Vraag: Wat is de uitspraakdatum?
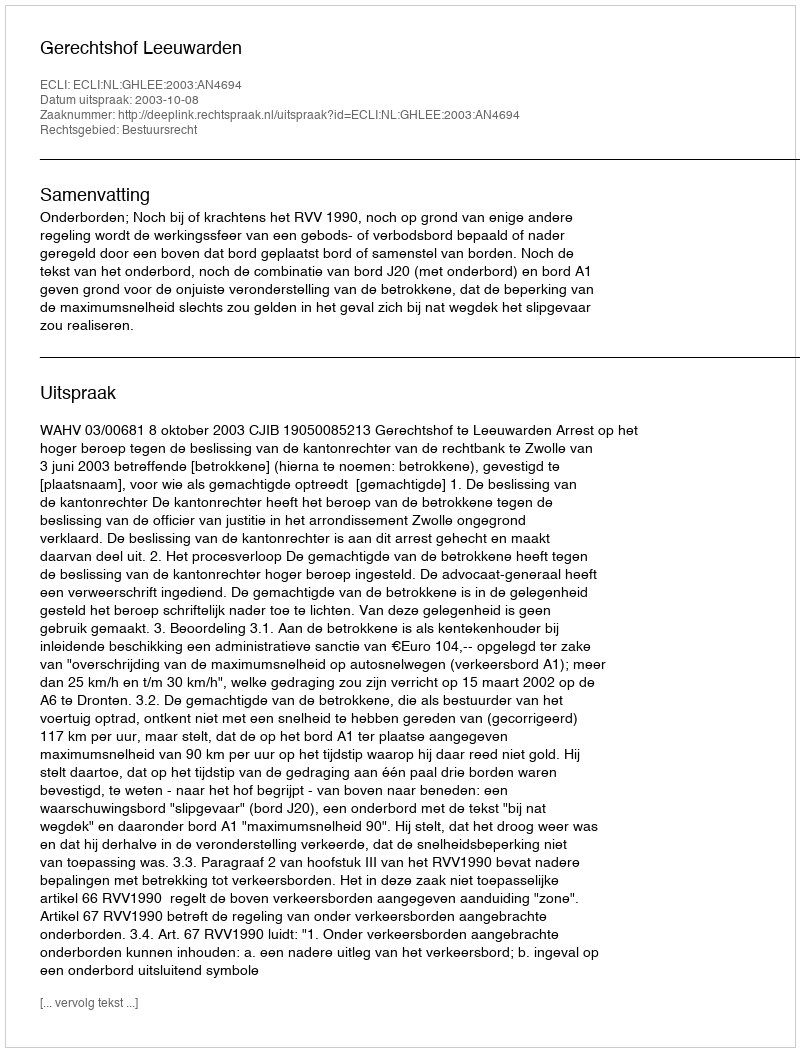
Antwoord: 2003-10-08